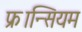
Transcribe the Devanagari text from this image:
फ्रान्सियम